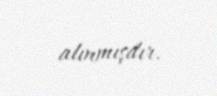
alınmışdır.